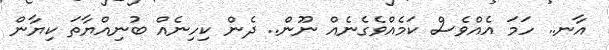
އާނ.. ހަމަ އެއްވެސް ކަމެއްވެގެނެއް ނޫން.. ދެން ކިހިނެއް ބުނިއްޔާތަ ކިޔާން